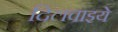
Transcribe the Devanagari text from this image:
दिलवाइये